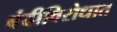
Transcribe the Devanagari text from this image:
बंदीविरोधात